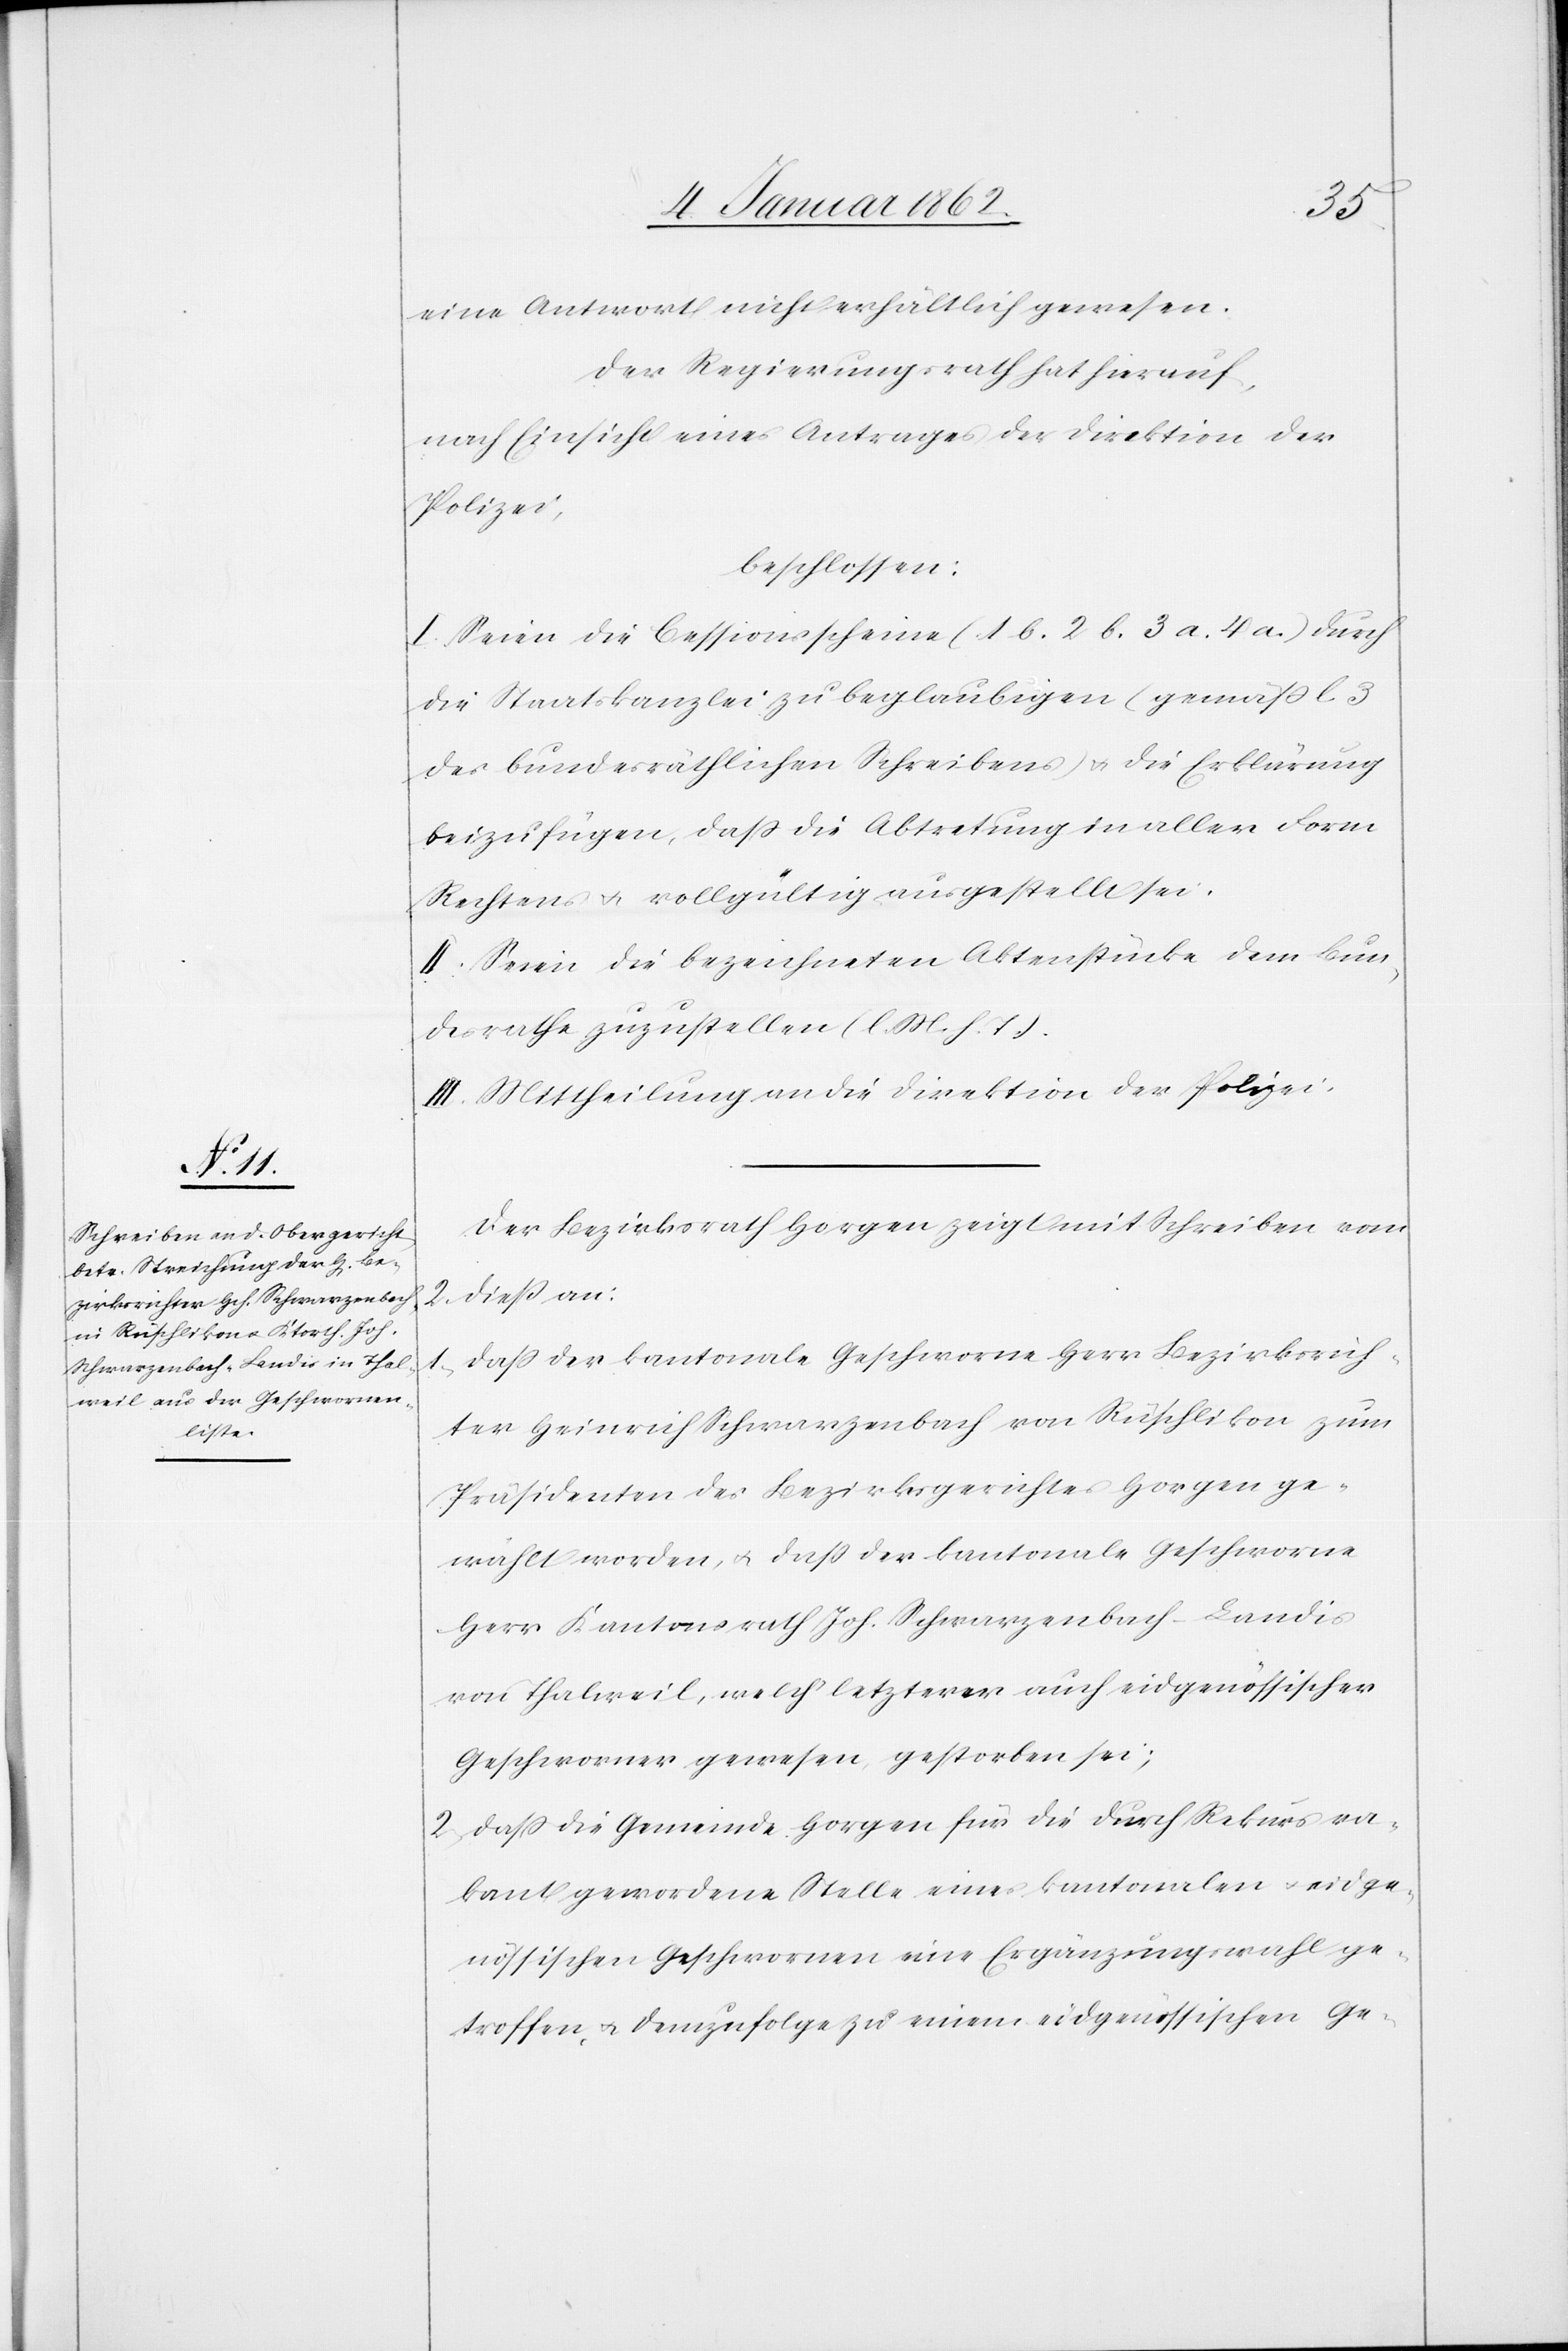
eine Antwort nicht erhältlich gewesen.
Der Regierungsrath hat hierauf,
nach Einsicht eines Antrages der Direktion der
Polizei,
beschlossen:
I. Seien die Cessionsscheine (1 b. 2 b. 3 a. 4 a.) durch
die Staatskanzlei zu beglaubigen (gemäß l 3
des bundesräthlichen Schreibens) u. die Erklärung
beizufügen, daß die Abtretung in aller Form
Rechtens u. vollgültig ausgestellt sei.
II. Seien die bezeichneten Aktenstücke dem Bun¬
desrathe zuzustellen (l. M. h. T.).
III. Mittheilung an die Direktion der Polizei.
Der Bezirksrath Horgen zeigt mit Schreiben vom
2. dieß an:
1. daß der kantonale Geschworne Herr Bezirksrich¬
ter Heinrich Schwarzenbach von Rüschlikon zum
Präsidenten des Bezirksgerichtes Horgen ge¬
wählt worden, u. daß der kantonale Geschworne
Herr Kantonsrath Joh. Schwarzenbach-Landis
von Thalweil, welch’ letzterer auch eidgenössischer
Geschworner gewesen, gestorben sei;
2. daß die Gemeinde Horgen für die durch Rekurs va¬
kant gewordene Stelle eines kantonalen u. eidge¬
nössischen Geschwornen eine Ergänzungswahl ge¬
troffen u. demzufolge zu einem eidgenössischen Ge-